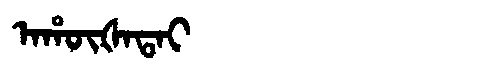
Manchu: ᠠᡥᡡᡧᠠᡨᠠᡳ
Romanization: AHŪŠATAI